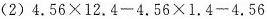
(2)$$4 . 5 6 \times 1 2 .4 - 4 .5 6 \times 1 .4 - 4 .5 6$$